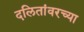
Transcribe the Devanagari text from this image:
दलितांवरच्या